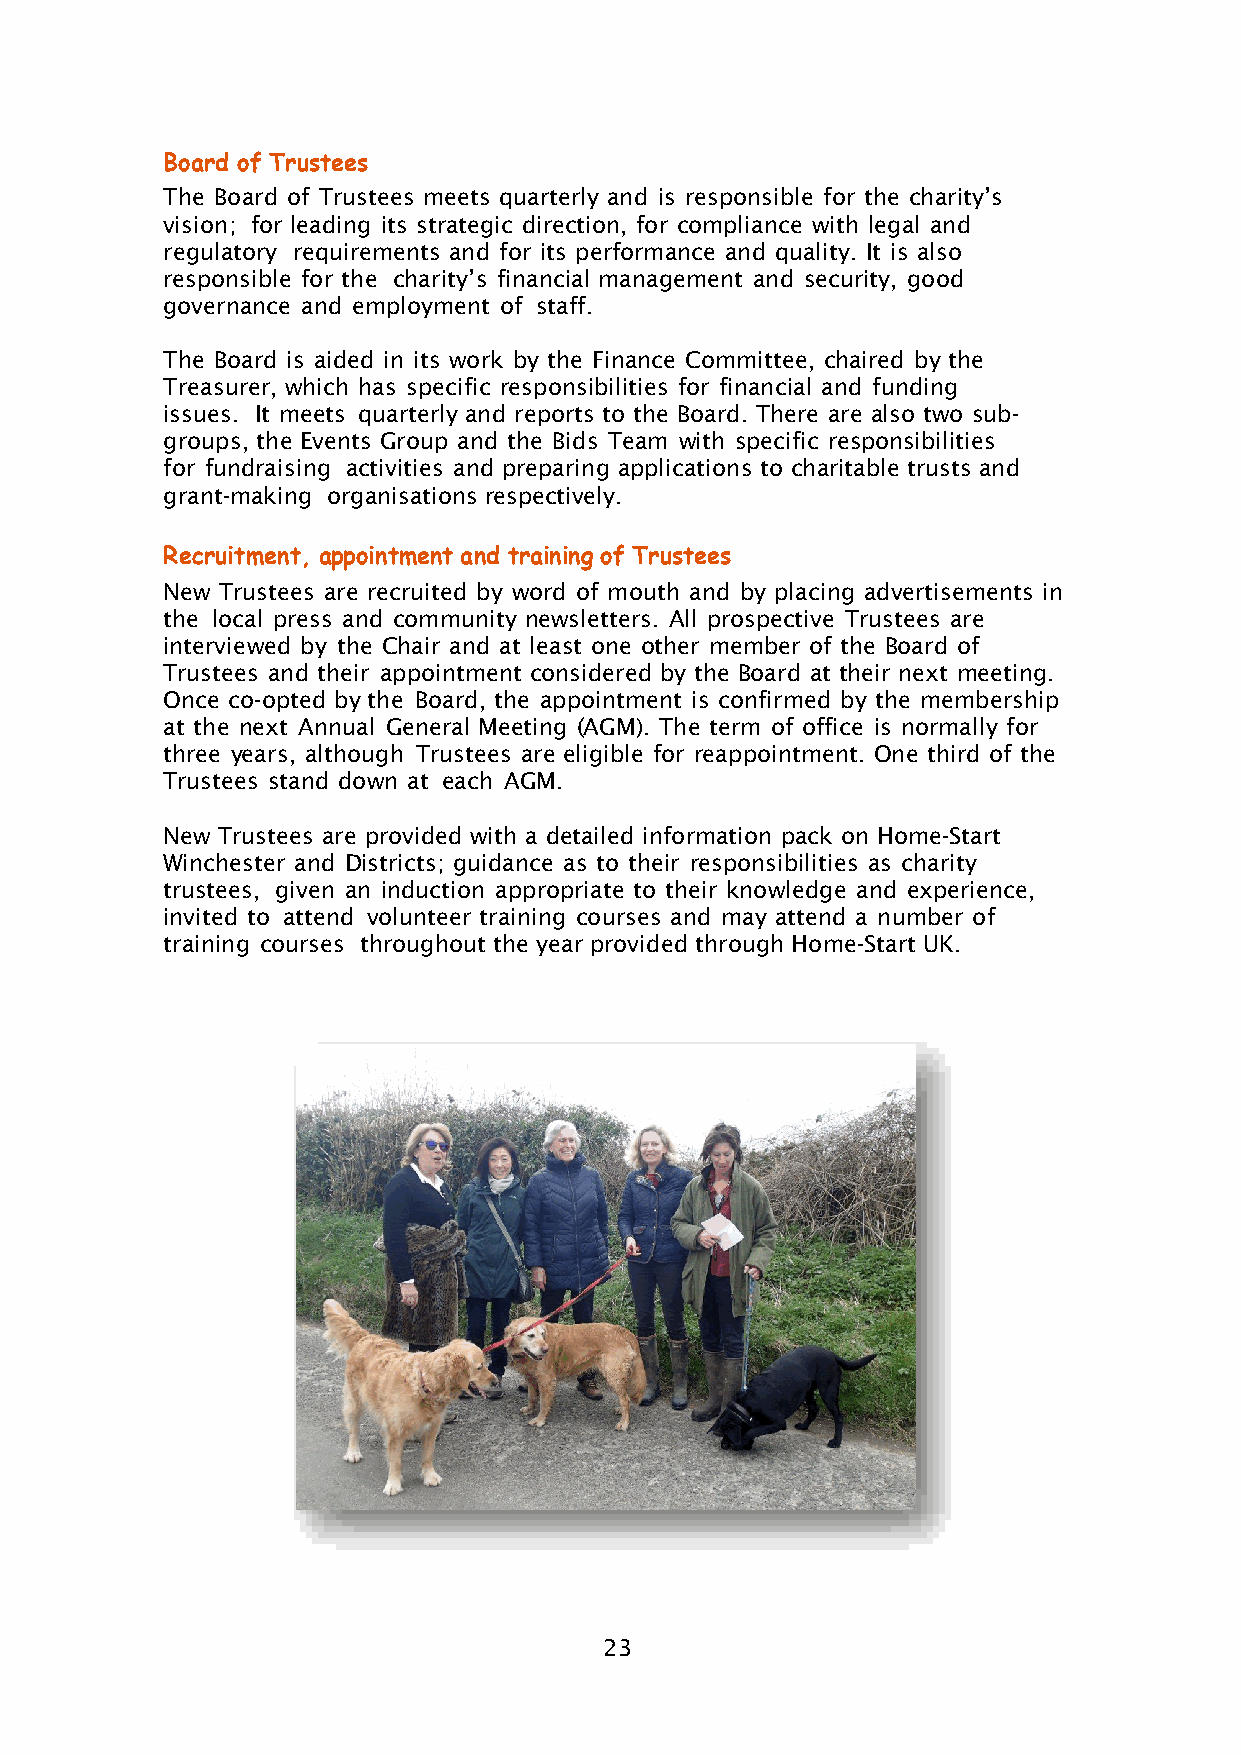
Board of Trustees
 The Board of Trustees meets quarterly and is responsible for the charity’s
 vision; for leading its strategic direction, for compliance with legal and
 regulatory requirements and for its performance and quality. It is also
 responsible for the charity’s financial management and security, good
 governance and employment of staff.
 The Board is aided in its work by the Finance Committee, chaired by the
 Treasurer, which has specific responsibilities for financial and funding
 issues. It meets quarterly and reports to the Board. There are also two sub-
 groups, the Events Group and the Bids Team with specific responsibilities
 for fundraising activities and preparing applications to charitable trusts and
 grant-making organisations respectively.
 Recruitment, appointment and training of Trustees
 New Trustees are recruited by word of mouth and by placing advertisements in
 the local press and community newsletters. All prospective Trustees are
 interviewed by the Chair and at least one other member of the Board of
 Trustees and their appointment considered by the Board at their next meeting.
 Once co-opted by the Board, the appointment is confirmed by the membership
 at the next Annual General Meeting (AGM). The term of office is normally for
 three years, although Trustees are eligible for reappointment. One third of the
 Trustees stand down at each AGM.
 New Trustees are provided with a detailed information pack on Home-Start
 Winchester and Districts; guidance as to their responsibilities as charity
 trustees, given an induction appropriate to their knowledge and experience,
 invited to attend volunteer training courses and may attend a number of
 training courses throughout the year provided through Home-Start UK.
 23